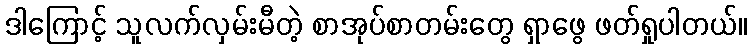
ဒါကြောင့် သူလက်လှမ်းမီတဲ့ စာအုပ်စာတမ်းတွေ ရှာဖွေ ဖတ်ရှုပါတယ်။